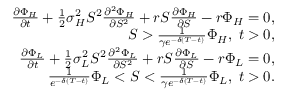
\begin{array} { r l r } & { } & { \frac { \partial \Phi _ { H } } { \partial t } + \frac 1 2 { \sigma } _ { H } ^ { 2 } S ^ { 2 } \frac { \partial ^ { 2 } \Phi _ { H } } { \partial S ^ { 2 } } + r S \frac { \partial \Phi _ { H } } { \partial S } - r \Phi _ { H } = 0 , } \\ & { } & { \qquad \qquad \qquad \qquad \qquad \qquad S > \frac 1 { \gamma e ^ { - \delta ( T - t ) } } \Phi _ { H } , \; t > 0 , } \\ & { } & { \frac { \partial \Phi _ { L } } { \partial t } + \frac 1 2 { \sigma } _ { L } ^ { 2 } S ^ { 2 } \frac { \partial ^ { 2 } \Phi _ { L } } { \partial S ^ { 2 } } + r S \frac { \partial \Phi _ { L } } { \partial S } - r \Phi _ { L } = 0 , } \\ & { } & { \qquad \qquad \qquad \qquad \qquad \qquad \frac 1 { e ^ { - \delta ( T - t ) } } \Phi _ { L } < S < \frac 1 { \gamma e ^ { - \delta ( T - t ) } } \Phi _ { L } , \; t > 0 . } \end{array}